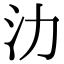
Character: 氻